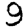
Digit: 9